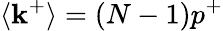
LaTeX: \langle\mathbf{k}^{+}\rangle=(N-1)p^{+}